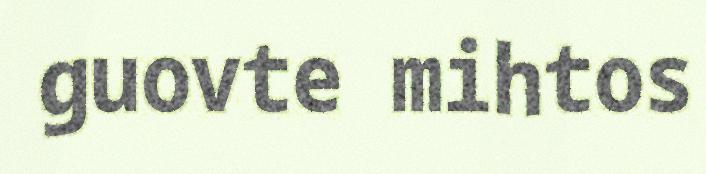
guovte mihtos